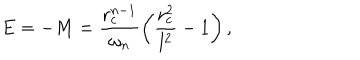
LaTeX: E = - M = \frac { r _ { c } ^ { n - 1 } } { \omega _ { n } } \left( \frac { r _ { c } ^ { 2 } } { l ^ { 2 } } - 1 \right) ,